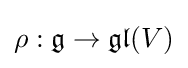
\rho :{\mathfrak {g}}\to {\mathfrak {gl}}(V)